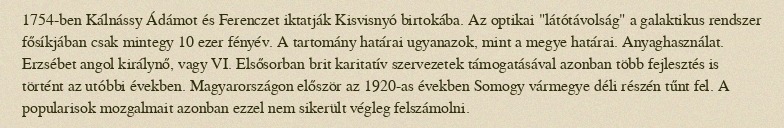
1754-ben Kálnássy Ádámot és Ferenczet iktatják Kisvisnyó birtokába. Az optikai "látótávolság" a galaktikus rendszer fősíkjában csak mintegy 10 ezer fényév. A tartomány határai ugyanazok, mint a megye határai. Anyaghasználat. Erzsébet angol királynő, vagy VI. Elsősorban brit karitatív szervezetek támogatásával azonban több fejlesztés is történt az utóbbi években. Magyarországon először az 1920-as években Somogy vármegye déli részén tűnt fel. A popularisok mozgalmait azonban ezzel nem sikerült végleg felszámolni.